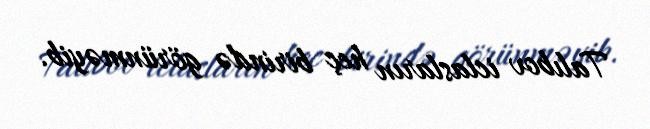
Talıbov iclasların heç birində görünməyib.